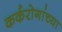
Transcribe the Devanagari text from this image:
कर्करोगांच्या